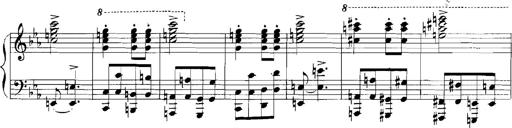
Title: Rhapsodies hongroises
Composer: Franz Liszt